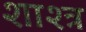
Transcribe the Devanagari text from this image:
शाश्त्र